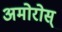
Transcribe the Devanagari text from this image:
अमोरोस्